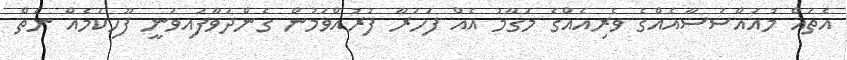
އެތައް މުއައްސަސާއެއްގެ ވެރިއެއްގެ މަގާމު އެއް ފަހަރާ ފުރުއްވަމުން ގެންދަވާފައިވަނީ ފޫހިކަމެއް ނެތް